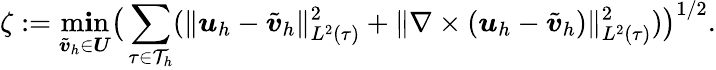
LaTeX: \zeta:=\operatorname*{m\mathbf{i}n}_{\tilde{{\boldsymbol{v}}}_{h}\in\boldsymbol{U}}\big(\sum_{\tau\in\mathcal{{T}}_{h}}(\| \boldsymbol{u}_{h}-\tilde{{\boldsymbol{v}}}_{h}\| _{{L}^{2}(\tau)}^{2}+\| \nabla\times(\boldsymbol{u}_{h}-\tilde{{\boldsymbol{v}}}_{h})\| _{{L}^{2}(\tau)}^{2})\big)^{1/2}.